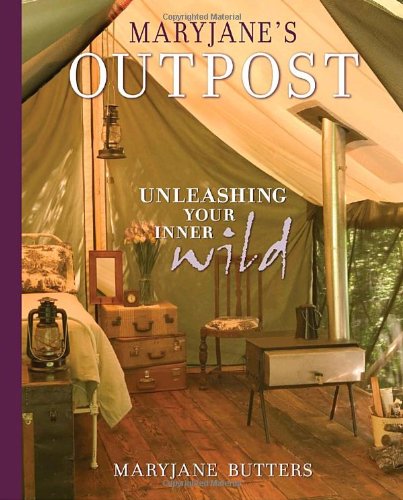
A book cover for MaryJane's Outpost; MaryJane Butters; Cookbooks, Food & Wine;